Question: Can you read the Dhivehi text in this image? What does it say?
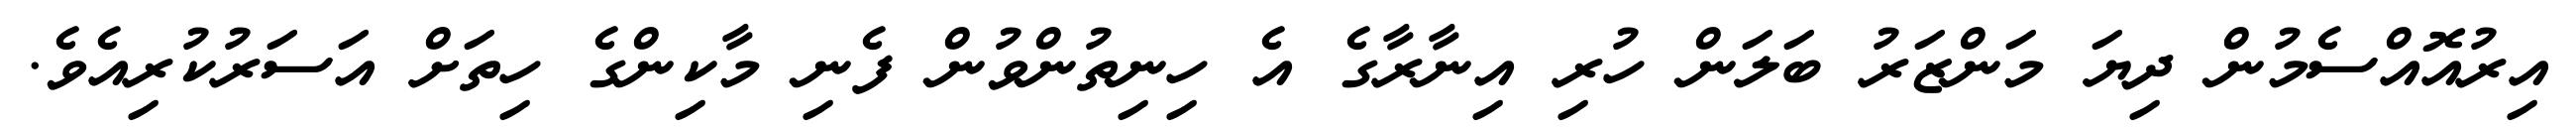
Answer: އިރުއޮއްސެމުން ދިޔަ މަންޒަރު ބަލަން ހުރި އިނާރާގެ އެ ހިނިތުންވުން ފެނި މާކިންގެ ހިތަށް އަސަރުކުރިއެވެ.